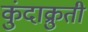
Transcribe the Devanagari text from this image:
कुंदाक्रुती